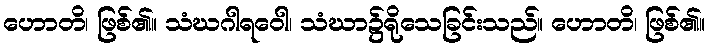
ဟောတိ၊ ဖြစ်၏။ သံဃဂါရဝေါ၊ သံဃာ၌ရိုသေခြင်းသည်။ ဟောတိ၊ ဖြစ်၏။